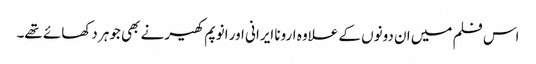
اس فلم میں ان دونوں کے علاوہ ارونا ایرانی اور انوپم کھیر نے بھی جوہر دکھائے تھے۔